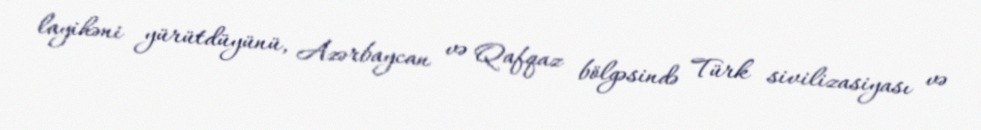
layihəni yürütdüyünü, Azərbaycan və Qafqaz bölgəsində Türk sivilizasiyası və